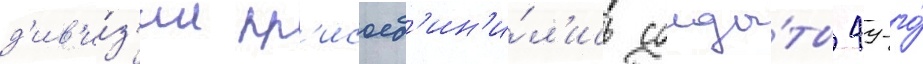
д'ив'и́з'ии пр'исоед'ин'и́л'ись солда́ты 49-го́